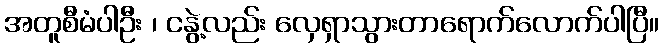
အတူစီမံပါဦး ၊ ငနွဲ့လည်း လှေရှာသွားတာရောက်လောက်ပါပြီ။